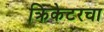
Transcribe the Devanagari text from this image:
क्रिकेटरचा